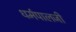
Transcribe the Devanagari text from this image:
धर्मपालजी